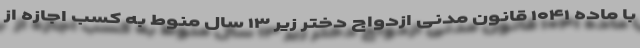
با ماده ۱۰۴۱ قانون مدنی ازدواج دختر زیر ۱۳ سال منوط به کسب اجازه از